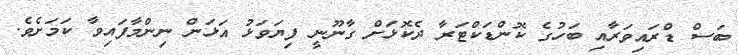
ބަސް ޑްރައިވަރާއި ބަހުގެ ކޮންޑަކްޓަރާ ދެކޮޅަށް ގާނޫނީ ފިޔަވަޅު އަޅަން ނިންމާފައިވާ ކަމަށެވެ.